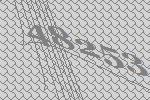
48253